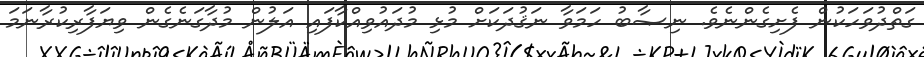
ގަތްދުވަހަކުން ފެށިގެންނެވެ. ނިޞާބު ހަމަވާ ނަޤުދަކަށް މުޅި މުދައުވިއްކާފައި އަލުން މުދާގަނެގެން ވިޔަފާރިކުރާނަމަ